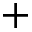
+